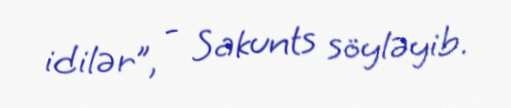
idilər”, - Sakunts söyləyib.